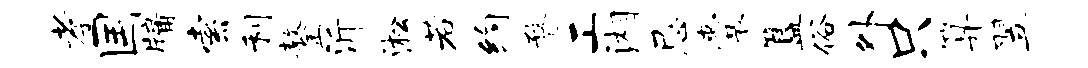
孝国牖索利鏊沂淞若约瞀工湘忌囊簋俗外只算翌